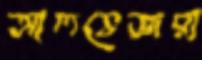
আলভেজরা